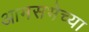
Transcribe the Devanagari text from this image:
आमसभेच्या